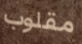
مقلوب